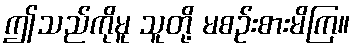
ဤသည်ကိုမူ သူတို့ မစဉ်းစားမိကြ။